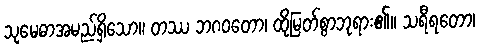
သုမေဓာအမည်ရှိသော။ တဿ ဘဂဝတော၊ ထိုမြတ်စွာဘုရား၏။ သရီရတော၊